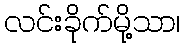
လင်းခိုက်မို့သာ၊